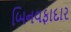
બિનવફાદાર